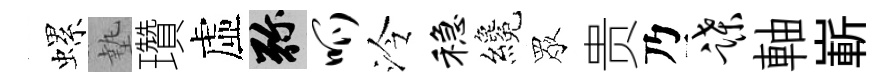
螺墊瓚虛弥呱泠稳纔眾贵乃蹀軸嶄